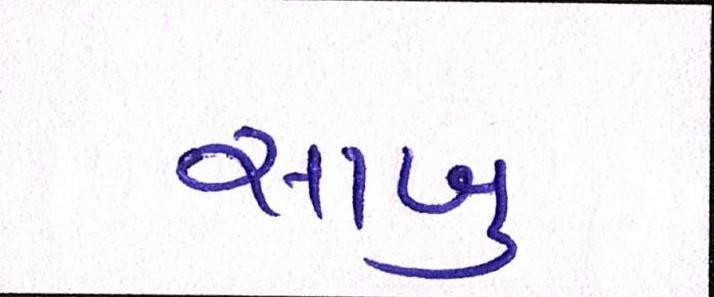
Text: સાબુ